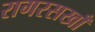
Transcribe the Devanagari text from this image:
रागरसखाँ